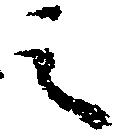
之